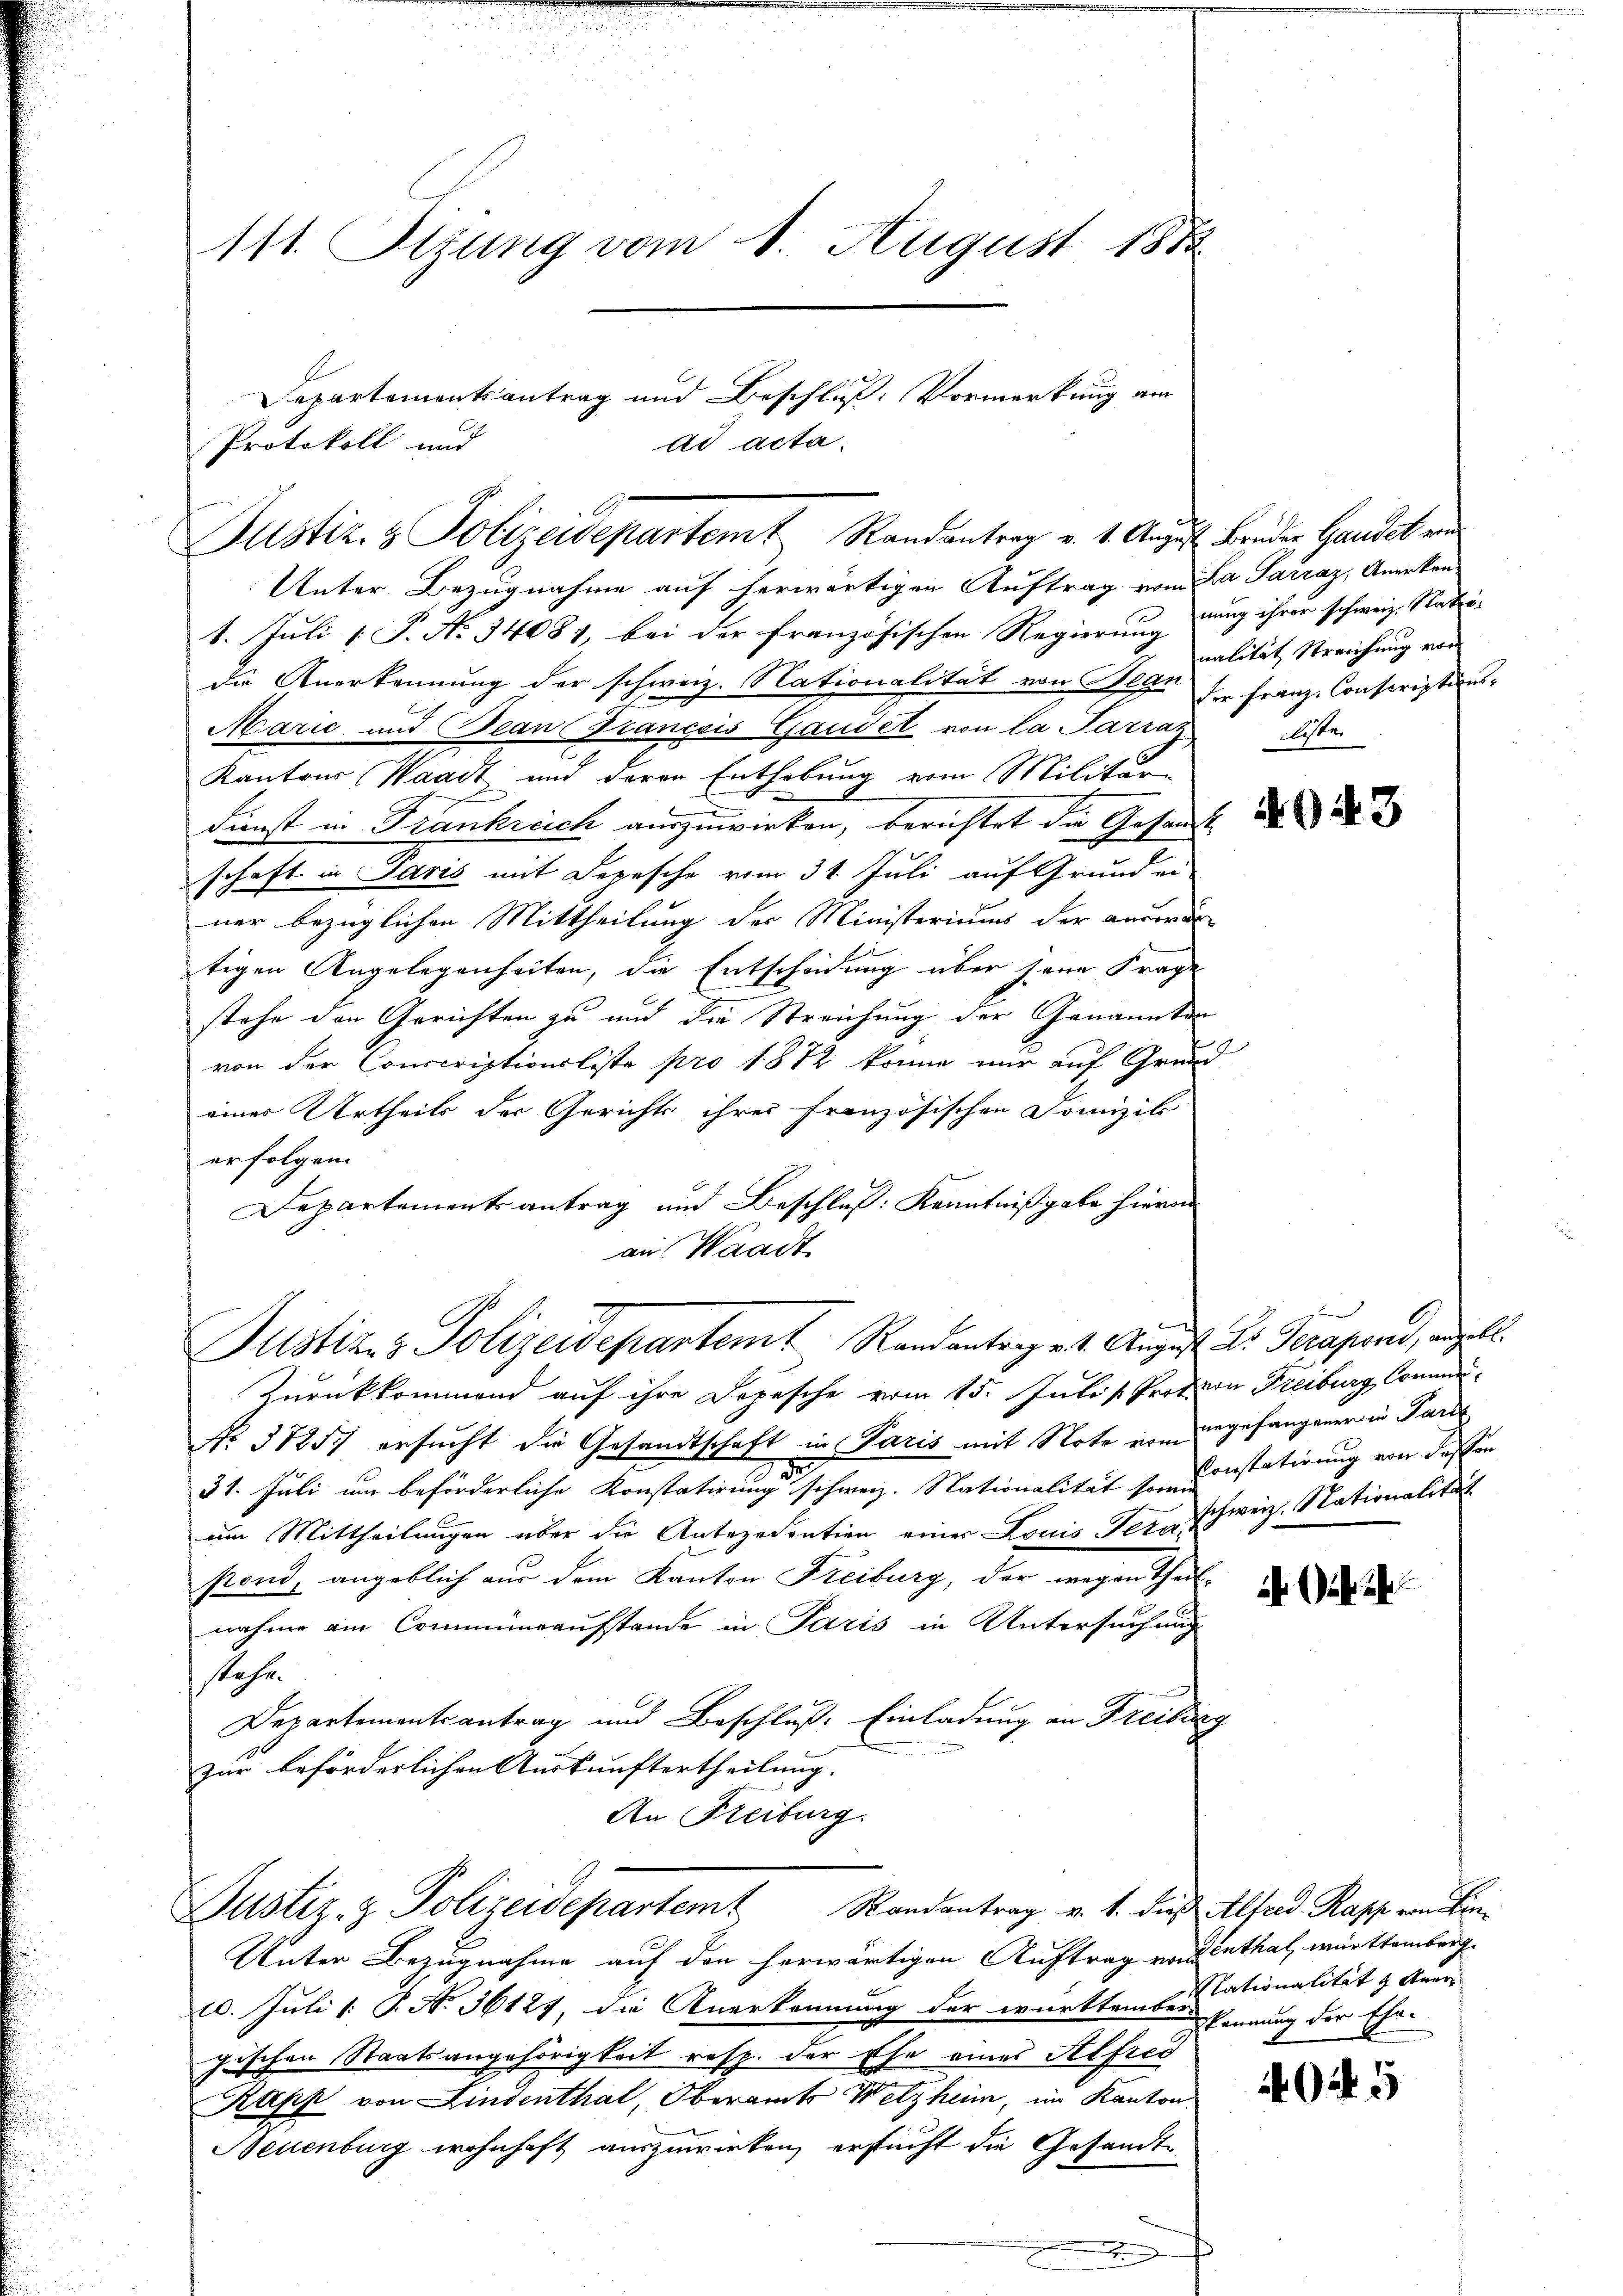
111. Sizung vom 1. August 1882

Justiz- & Polizeidepartemt Randantrag v. 4. August Bruder Gandek von

Protokoll und

Departementsantrag und Beschluß: Vormerkung am
ad acta

Unter Bezugnahme auf herwärtigen Auftrag vom Da Sarraz, Anerken¬
1. Juli 1 P. No 34081, bei der französischen Regierung nung ihrer schweiz. Statu-
die Anerkennung der schweiz. Nationalität von Wege der Franz-Conscriptions¬
Marie und Bean Franceis Gandel von la Parraz
Kantons Waadt und deren Enthebung vom Militär-
Funst in Frankreich auszuwirken, berichtet die Gesandt da
schaft in Paris mit Depesche vom 31. Juli auf Grund ei
ner bezüglichen Mittheilung der Ministeriums der anderun
tigen Angelegenheiten, die Entscheidung über seine Frage
stehe den Gerichten zu und die Streichung der Genannten
von der Conscriptionsliste pro 1872 könne mir auf Grund
einer Urtheils der Gerichts ihrer Französischen Domizil
erfolgen.
Departementsantrag und Beschluß: Kenntnißgabe hieron
an Waadt

Justiz- & Polizeidepartem Randantrag et. August Dr. Terapand, anzell.

Unter Bezugnahme auf den herwärtigen Auftrag von Enthal, württembrach
10. Juli 1. P. No 36127, die Anerkennung der württementationalität & Armen
gischen Staatsangehörigkeit resp. der Ehe eines Alfred
Kapp von Lindenthal, Oberamts Wetzheim, im Kanton
Neuenburg wohnhaft auszuwirken, ersucht die Gesandt¬

e

Zurückkommend auf ihre Depesche vom 15. Juli Prot. von Freiburg, Commu¬
No. 31257 ersucht die Gesandtschaft in Paris mit Note von angefangener in Paris,
31. Juli um beförderliche Konstatirung schweiz. Nationalität sein Constatirung von dassen
am Mittheilungen über die Antezedention einer Louis Fein Schweiz. Nationalität
stond, angeblich aus dem Kanton Freiburg, der wegen Theil-
nahme am Communaufstande in Paris in Untersuchung
stehe.
Departementsantrag und Beschluß: Einladung an Freiburg
zur beförderlichen Auskunftertheilung.
An Freiburg.
Justiz- & Polizeidepartemt Randantrag v. 1. dies Alfred Rapp von Ein¬

nalität Streichung von
liste

Bekennung der Ehe.

404 5